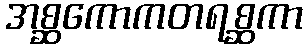
အစ္ဆကောကတရစ္ဆကာ